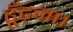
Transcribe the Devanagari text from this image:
ढूँढ़ना।